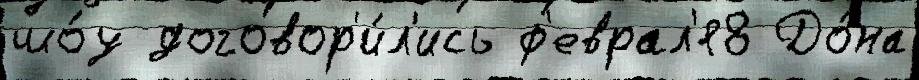
шо́у договор'и́л'ись ф'еврал'я8 До́на